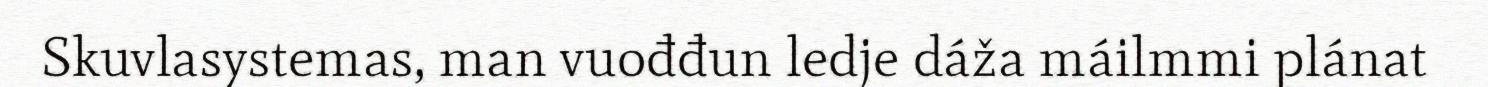
Skuvlasystemas, man vuođđun ledje dáža máilmmi plánat